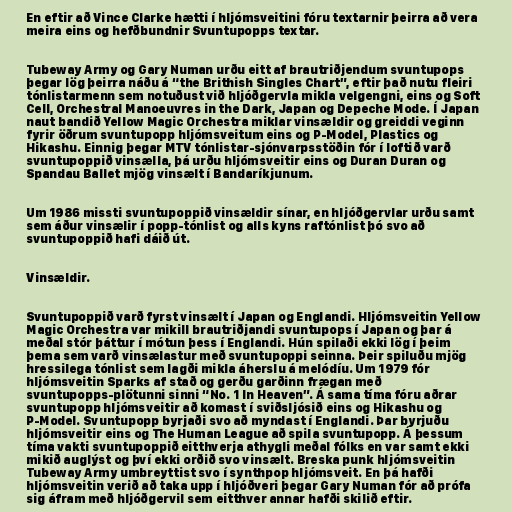
En eftir að Vince Clarke hætti í hljómsveitini fóru textarnir þeirra að vera
meira eins og hefðbundnir Svuntupopps textar.

Tubeway Army og Gary Numan urðu eitt af brautriðjendum svuntupops
þegar lög þeirra náðu á “the Brithish Singles Chart”, eftir það nutu fleiri
tónlistarmenn sem notuðust við hljóðgervla mikla velgengni, eins og Soft
Cell, Orchestral Manoeuvres in the Dark, Japan og Depeche Mode. Í Japan
naut bandið Yellow Magic Orchestra miklar vinsældir og greiddi veginn
fyrir öðrum svuntupopp hljómsveitum eins og P-Model, Plastics og
Hikashu. Einnig þegar MTV tónlistar-sjónvarpsstöðin fór í loftið varð
svuntupoppið vinsælla, þá urðu hljómsveitir eins og Duran Duran og
Spandau Ballet mjög vinsælt í Bandaríkjunum.

Um 1986 missti svuntupoppið vinsældir sínar, en hljóðgervlar urðu samt
sem áður vinsælir í popp-tónlist og alls kyns raftónlist þó svo að
svuntupoppið hafi dáið út.

Vinsældir.

Svuntupoppið varð fyrst vinsælt í Japan og Englandi. Hljómsveitin Yellow
Magic Orchestra var mikill brautriðjandi svuntupops í Japan og þar á
meðal stór þáttur í mótun þess í Englandi. Hún spilaði ekki lög í þeim
þema sem varð vinsælastur með svuntupoppi seinna. Þeir spiluðu mjög
hressilega tónlist sem lagði mikla áherslu á melódíu. Um 1979 fór
hljómsveitin Sparks af stað og gerðu garðinn frægan með
svuntupopps-plötunni sinni “No. 1 In Heaven”. Á sama tíma fóru aðrar
svuntupopp hljómsveitir að komast í sviðsljósið eins og Hikashu og
P-Model. Svuntupopp byrjaði svo að myndast í Englandi. Þar byrjuðu
hljómsveitir eins og The Human League að spila svuntupopp. Á þessum
tíma vakti svuntupoppið eitthverja athygli meðal fólks en var samt ekki
mikið auglýst og því ekki orðið svo vinsælt. Breska punk hljómsveitin
Tubeway Army umbreyttist svo í synthpop hljómsveit. En þá hafði
hljómsveitin verið að taka upp í hljóðveri þegar Gary Numan fór að prófa
sig áfram með hljóðgervil sem eitthver annar hafði skilið eftir.